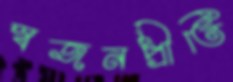
স্বজনপ্রীতি